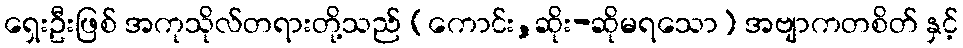
ရှေးဦးဖြစ် အကုသိုလ်တရားတို့သည် (ကောင်း,ဆိုး-ဆိုမရသော) အဗျာကတစိတ် နှင့်